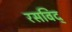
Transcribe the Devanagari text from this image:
रसविद्